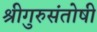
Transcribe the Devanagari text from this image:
श्रीगुरुसंतोषी